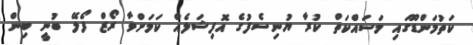
ކަތުމަންޑޫގައި މަސައްކަތް ކުރާ ޔުނިސެފުގެ އޮފިޝަލެއް ކަަމަށްވާ ރޯޒް ފޯލޭ ބުނީ ބިން